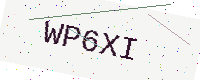
Text: WP6XI